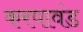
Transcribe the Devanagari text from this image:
करपावंड